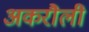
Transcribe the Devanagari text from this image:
अकरौली